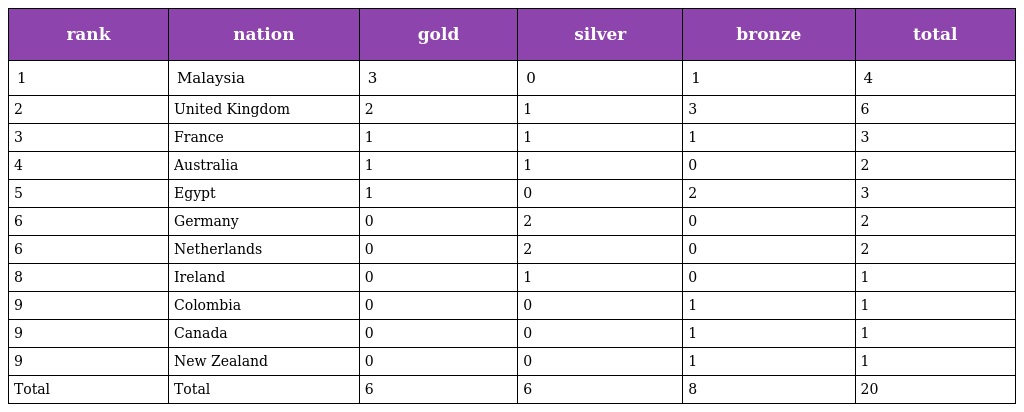
| rank | nation | gold | silver | bronze | total |
 | --- | --- | --- | --- | --- | --- |
 | 1 | Malaysia | 3 | 0 | 1 | 4 |
 | 2 | United Kingdom | 2 | 1 | 3 | 6 |
 | 3 | France | 1 | 1 | 1 | 3 |
 | 4 | Australia | 1 | 1 | 0 | 2 |
 | 5 | Egypt | 1 | 0 | 2 | 3 |
 | 6 | Germany | 0 | 2 | 0 | 2 |
 | 6 | Netherlands | 0 | 2 | 0 | 2 |
 | 8 | Ireland | 0 | 1 | 0 | 1 |
 | 9 | Colombia | 0 | 0 | 1 | 1 |
 | 9 | Canada | 0 | 0 | 1 | 1 |
 | 9 | New Zealand | 0 | 0 | 1 | 1 |
 | Total | Total | 6 | 6 | 8 | 20 |